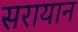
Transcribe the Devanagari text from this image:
सरायान